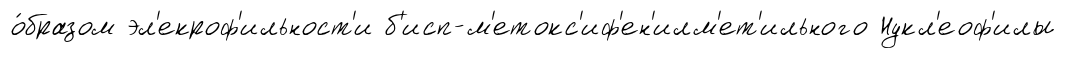
о́бразом эл'екроф'ильност'и б'исп-м'етокс'иф'ен'илм'ет'ильного Нукл'еоф'илы